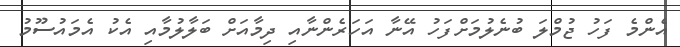
އެންމެ ފަހު ޖުމްލަ ބުނެލުމަށްފަހު އޭނާ އަހަރެންނާއި ދިމާއަށް ބަލާލުމާއި އެކު އެމައުސޫމު